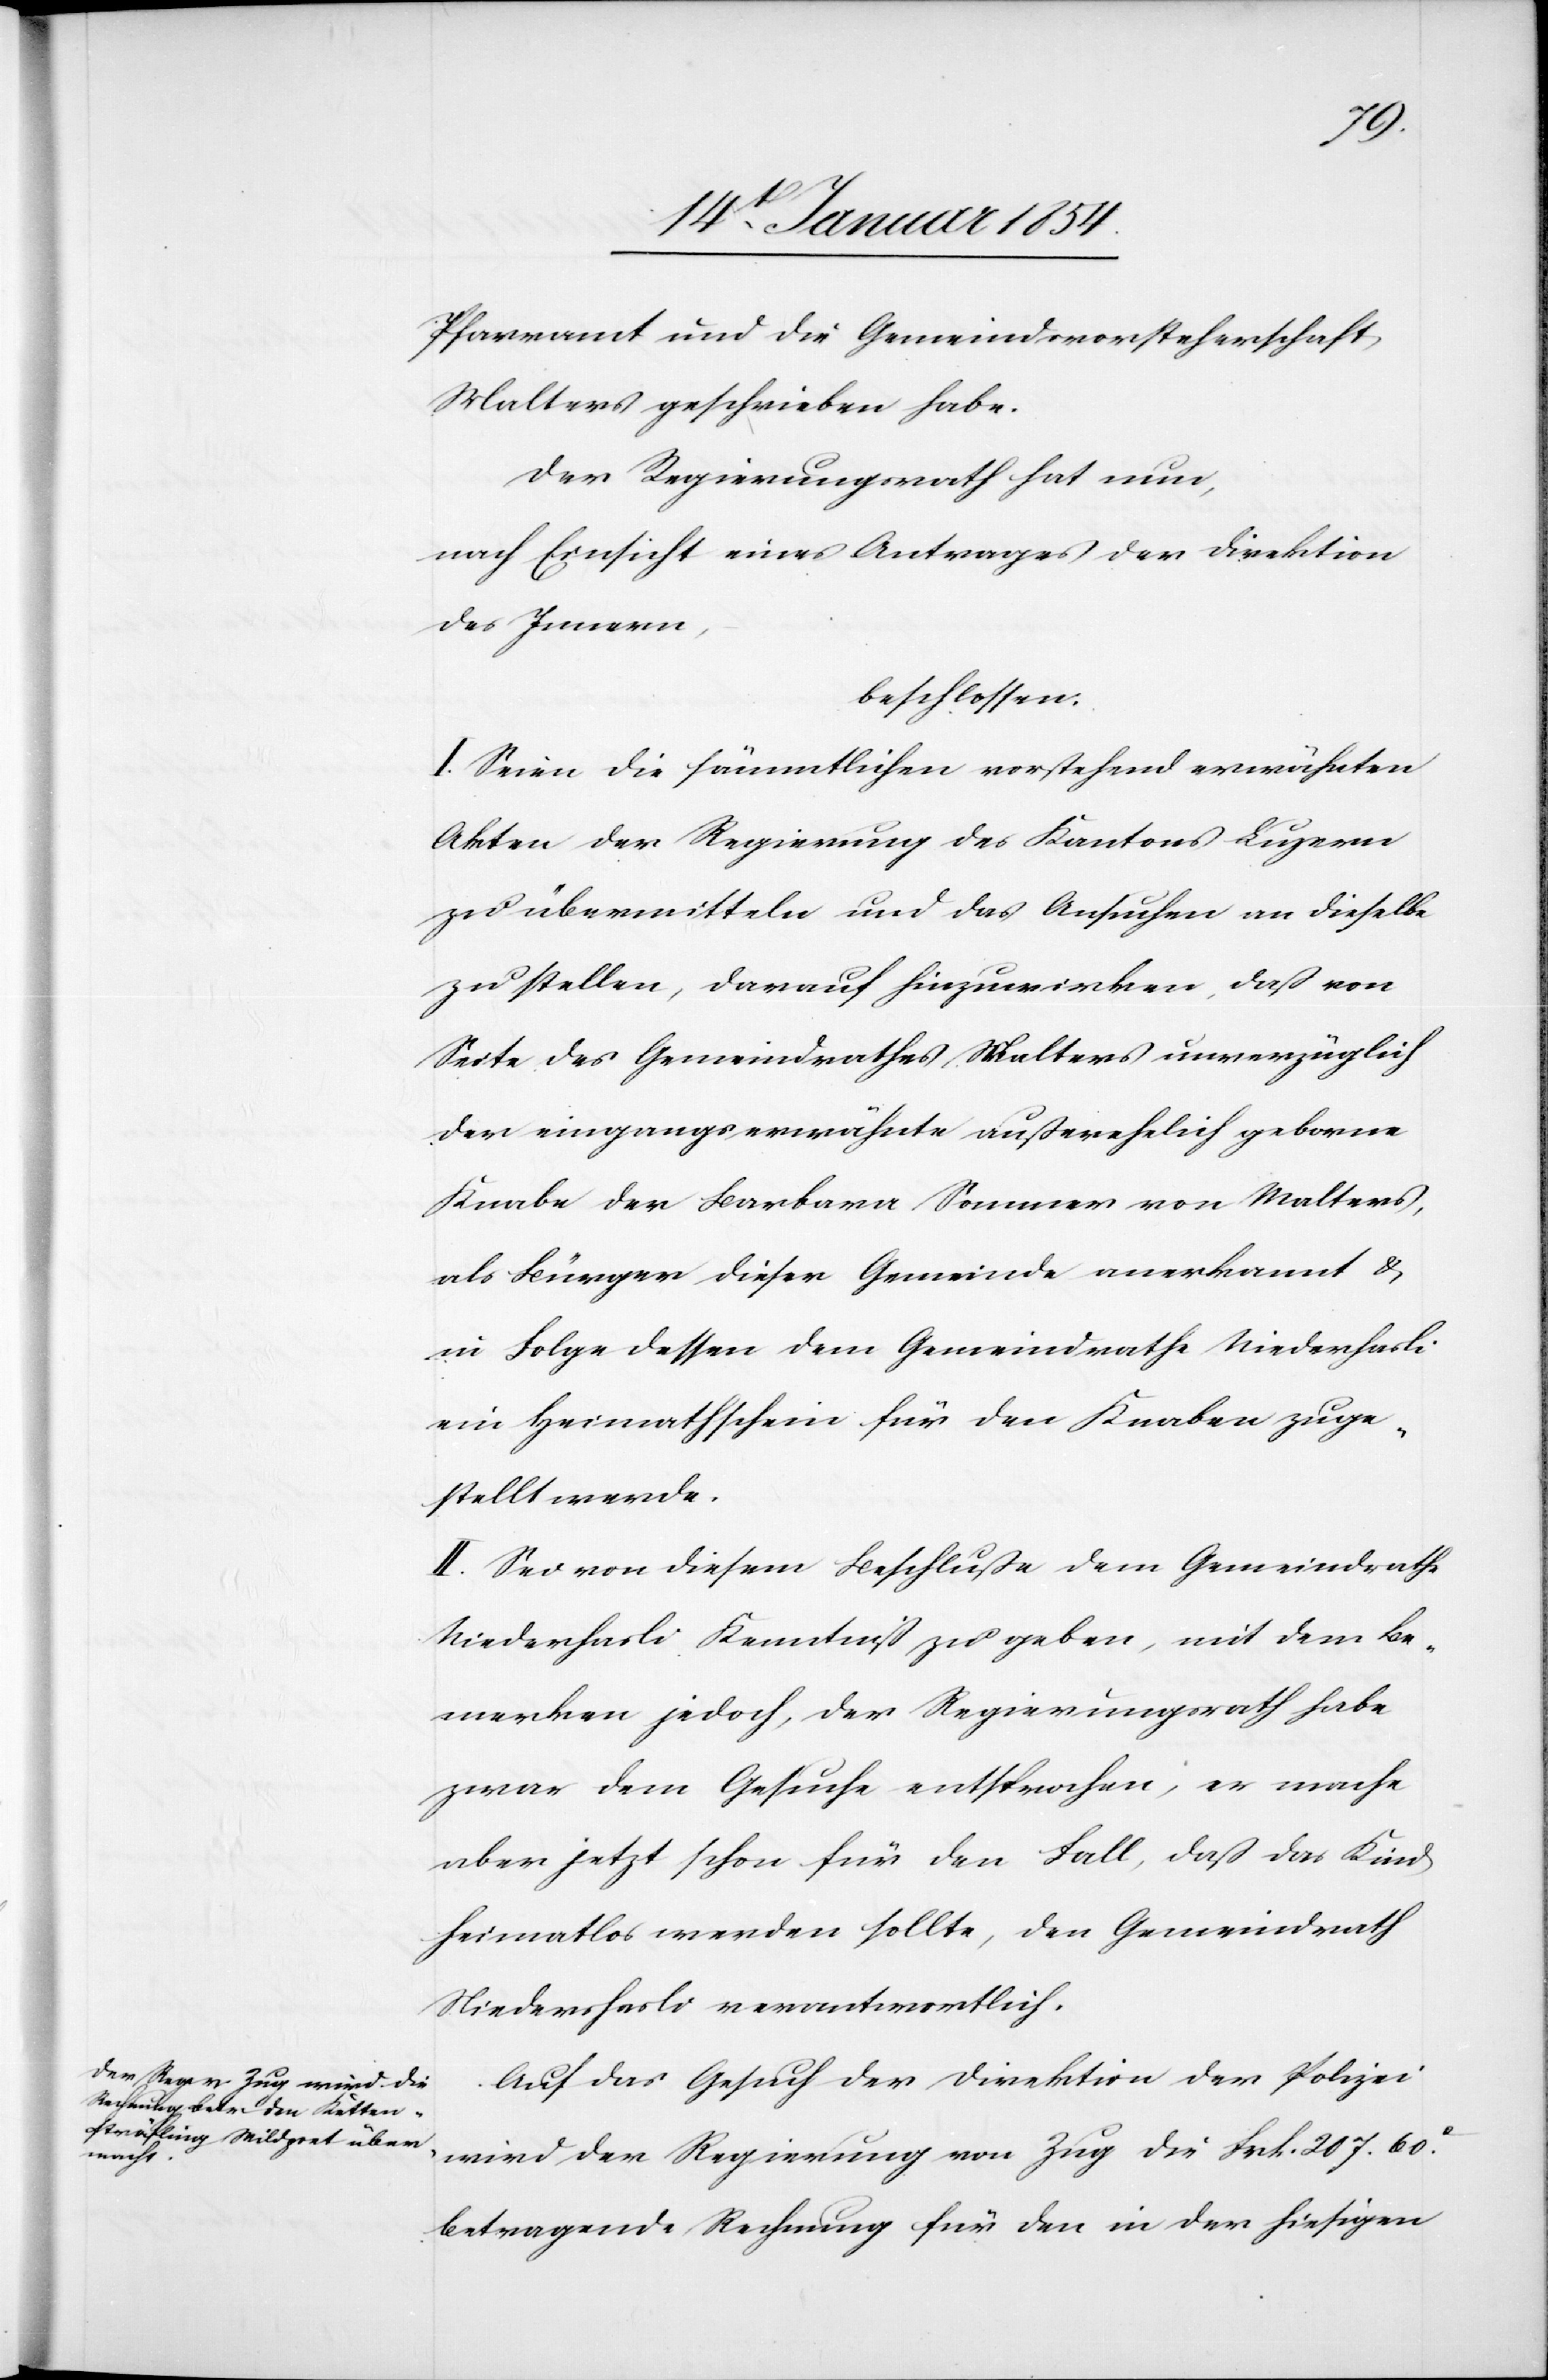
Pfarramt und die Gemeindsvorsteherschaft
Malters geschrieben habe.
Der Regierungsrath hat nun,
nach Einsicht eines Antrages der Direktion
des Innern,
beschlossen:
I. Seien die sämmtlichen vorstehend erwähnten
Akten der Regierung des Kantons Luzern
zu übermitteln und das Ansuchen an dieselbe
zu stellen, darauf hinzuwirken, daß von
Seite des Gemeindrathes Malters unverzüglich
der eingangs erwähnte außerehelich geborne
Knabe der Barbara Sommer von Malters,
als Bürger dieser Gemeinde anerkannt u.
in Folge dessen dem Gemeindrathe Niederhasli
ein Heimathschein für den Knaben zuge¬
stellt werde.
II. Sei von diesem Beschluße dem Gemeindrathe
Niederhasli Kenntniß zu geben, mit dem Be¬
merken jedoch, der Regierungsrath habe
zwar dem Gesuche entsprochen, er mache
aber jetzt schon für den Fall, daß das Kind
heimatlos werden sollte, den Gemeindrath
Niederhasli verantwortlich.
Auf das Gesuch der Direktion der Polizei
wird der Regierung von Zug die Frk. 207. 60.c
betragende Rechnung für den in der hiesigen